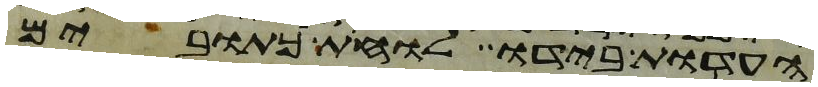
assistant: העדות בידו לוחת כתובים